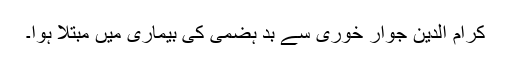
کرام الدین جوار خوری سے بد ہضمی کی بیماری میں مبتلا ہوا۔